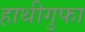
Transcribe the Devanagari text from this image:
हाथीगुफा